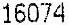
16074